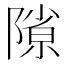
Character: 𨻶